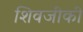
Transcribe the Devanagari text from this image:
शिवजीकी